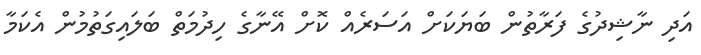
އަދި ނާޝިދުގެ ފަރާތުން ބަޔަކަށް އަސަރެއް ކޮށް އޭނާގެ ހިދުމަތް ބަލައިގަތުމުން އެކަމާ